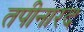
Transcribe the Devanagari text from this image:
तपीनारद